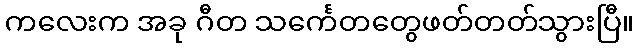
ကလေးက အခု ဂီတ သင်္ကေတတွေဖတ်တတ်သွားပြီ။